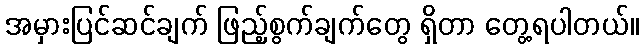
အမှားပြင်ဆင်ချက် ဖြည့်စွက်ချက်တွေ ရှိတာ တွေ့ရပါတယ်။